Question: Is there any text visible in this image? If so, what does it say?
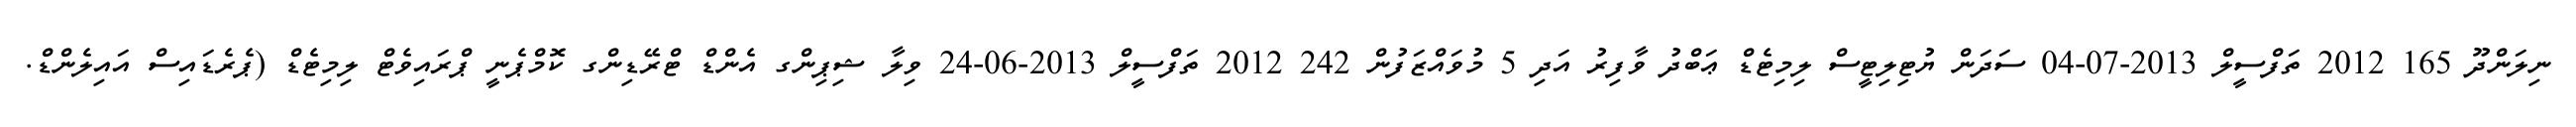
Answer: ނިލަންދޫ 165 2012 ތަފްސީލް 2013-07-04 ސަދަން ޔުޓިލިޓީސް ލިމިޓެޑް ޢަބްދު ވާފިރު އަދި 5 މުވައްޒަފުން 242 2012 ތަފްސީލް 2013-06-24 ވިލާ ޝިޕިންގ އެންޑް ޓްރޭޑިންގ ކޮމްޕެނީ ޕްރައިވެޓް ލިމިޓެޑް (ޕެރެޑައިސް އައިލެންޑް.